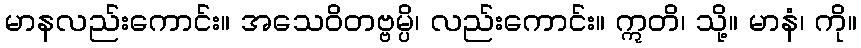
မာနလည်းကောင်း။ အသေဝိတဗ္ဗမ္ပိ၊ လည်းကောင်း။ ဣတိ၊ သို့။ မာနံ၊ ကို။